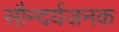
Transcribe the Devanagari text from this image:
सौन्दर्यजनक